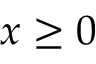
x \protect \geq 0